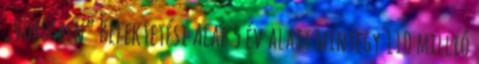
„Vörösben” Befektetési Alap 5 év alatt mintegy 110 millió